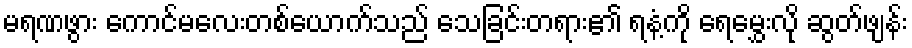
မရဏဖွား ကောင်မလေးတစ်ယောက်သည် သေခြင်းတရား၏ ရနံ့ကို ရေမွှေးလို ဆွတ်ဖျန်း